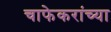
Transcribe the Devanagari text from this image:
चाफेकरांच्या